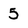
Character: 5